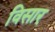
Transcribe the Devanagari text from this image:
विसार